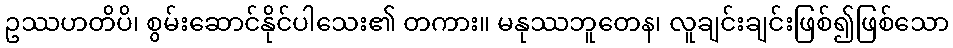
ဥဿဟတိပိ၊ စွမ်းဆောင်နိုင်ပါသေး၏ တကား။ မနုဿဘူတေန၊ လူချင်းချင်းဖြစ်၍ဖြစ်သော